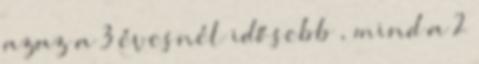
azaz a 3 évesnél idősebb , mind a 2